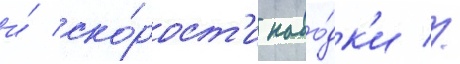
и́ ско́рост'и наво́дк'и //